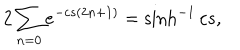
2 \sum _ { n = 0 } e ^ { - c s ( 2 n + 1 ) } = \sinh ^ { - 1 } c s ,